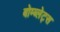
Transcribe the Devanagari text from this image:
बोम्ब्लेट्स